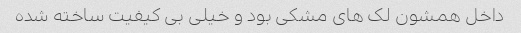
داخل همشون لک های مشکی بود و خیلی بی کیفیت ساخته شده